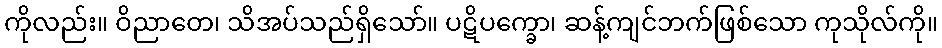
ကိုလည်း။ ဝိညာတေ၊ သိအပ်သည်ရှိသော်။ ပဋိပက္ခော၊ ဆန့်ကျင်ဘက်ဖြစ်သော ကုသိုလ်ကို။